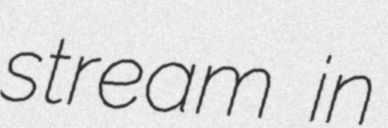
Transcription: stream in